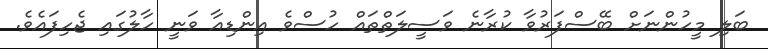
ބަލި މީހުންނަށް ބޭސްފަރުވާ ކުރާނެ ވަސީލަތްތައް ހުސްވެ އިންޑިއާ ވަނީ ހާލުގައި ޖެހިފައެވެ.